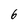
Character: 6